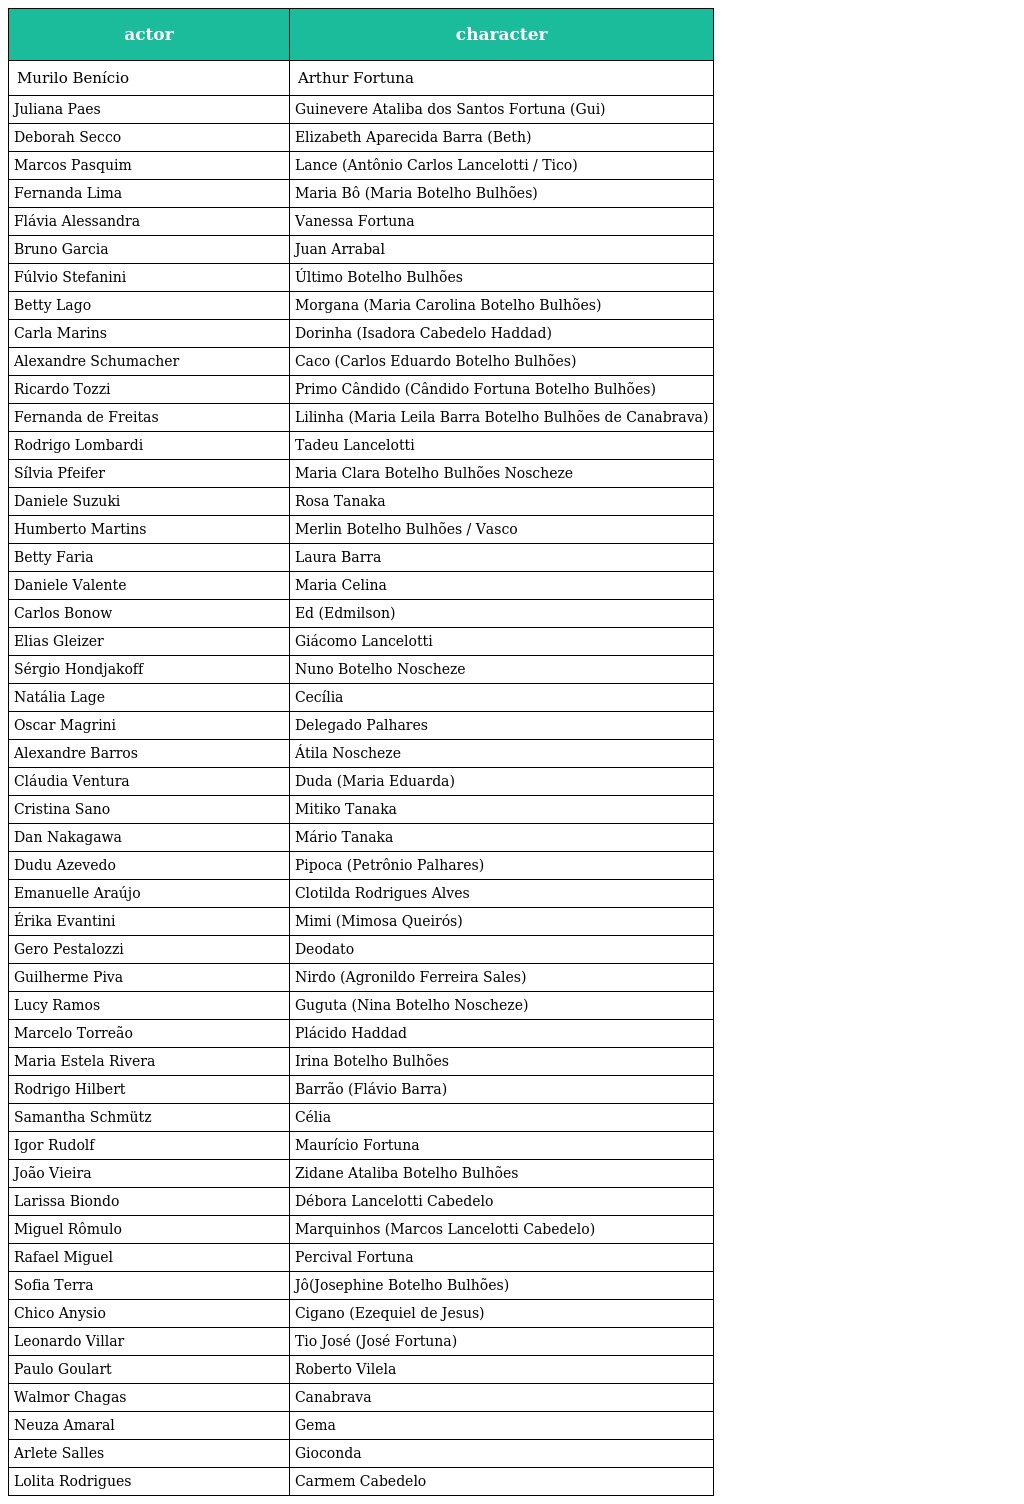
| actor | character |
 | --- | --- |
 | Murilo Benício | Arthur Fortuna |
 | Juliana Paes | Guinevere Ataliba dos Santos Fortuna (Gui) |
 | Deborah Secco | Elizabeth Aparecida Barra (Beth) |
 | Marcos Pasquim | Lance (Antônio Carlos Lancelotti / Tico) |
 | Fernanda Lima | Maria Bô (Maria Botelho Bulhões) |
 | Flávia Alessandra | Vanessa Fortuna |
 | Bruno Garcia | Juan Arrabal |
 | Fúlvio Stefanini | Último Botelho Bulhões |
 | Betty Lago | Morgana (Maria Carolina Botelho Bulhões) |
 | Carla Marins | Dorinha (Isadora Cabedelo Haddad) |
 | Alexandre Schumacher | Caco (Carlos Eduardo Botelho Bulhões) |
 | Ricardo Tozzi | Primo Cândido (Cândido Fortuna Botelho Bulhões) |
 | Fernanda de Freitas | Lilinha (Maria Leila Barra Botelho Bulhões de Canabrava) |
 | Rodrigo Lombardi | Tadeu Lancelotti |
 | Sílvia Pfeifer | Maria Clara Botelho Bulhões Noscheze |
 | Daniele Suzuki | Rosa Tanaka |
 | Humberto Martins | Merlin Botelho Bulhões / Vasco |
 | Betty Faria | Laura Barra |
 | Daniele Valente | Maria Celina |
 | Carlos Bonow | Ed (Edmilson) |
 | Elias Gleizer | Giácomo Lancelotti |
 | Sérgio Hondjakoff | Nuno Botelho Noscheze |
 | Natália Lage | Cecília |
 | Oscar Magrini | Delegado Palhares |
 | Alexandre Barros | Átila Noscheze |
 | Cláudia Ventura | Duda (Maria Eduarda) |
 | Cristina Sano | Mitiko Tanaka |
 | Dan Nakagawa | Mário Tanaka |
 | Dudu Azevedo | Pipoca (Petrônio Palhares) |
 | Emanuelle Araújo | Clotilda Rodrigues Alves |
 | Érika Evantini | Mimi (Mimosa Queirós) |
 | Gero Pestalozzi | Deodato |
 | Guilherme Piva | Nirdo (Agronildo Ferreira Sales) |
 | Lucy Ramos | Guguta (Nina Botelho Noscheze) |
 | Marcelo Torreão | Plácido Haddad |
 | Maria Estela Rivera | Irina Botelho Bulhões |
 | Rodrigo Hilbert | Barrão (Flávio Barra) |
 | Samantha Schmütz | Célia |
 | Igor Rudolf | Maurício Fortuna |
 | João Vieira | Zidane Ataliba Botelho Bulhões |
 | Larissa Biondo | Débora Lancelotti Cabedelo |
 | Miguel Rômulo | Marquinhos (Marcos Lancelotti Cabedelo) |
 | Rafael Miguel | Percival Fortuna |
 | Sofia Terra | Jô(Josephine Botelho Bulhões) |
 | Chico Anysio | Cigano (Ezequiel de Jesus) |
 | Leonardo Villar | Tio José (José Fortuna) |
 | Paulo Goulart | Roberto Vilela |
 | Walmor Chagas | Canabrava |
 | Neuza Amaral | Gema |
 | Arlete Salles | Gioconda |
 | Lolita Rodrigues | Carmem Cabedelo |